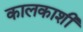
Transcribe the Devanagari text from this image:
कालकाशी